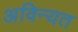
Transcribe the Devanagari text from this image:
अविन्यत